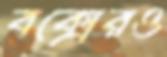
বক্সেরও